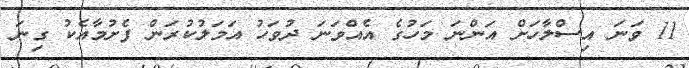
11 ވަނަ އިސްލާހަށް އަންނަ މަހުގެ އެއްވަނަ ދުވަހު އަމަލުކުރަން ފެށުމާއެކު ގިނަ